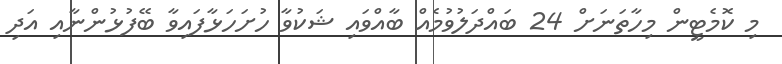
މި ކޮމެޓީން މިހާތަނަށް 24 ބައްދަލުވުމެއް ބާއްވައި ޝަކުވާ ހުށަހަޅާފައިވާ ބޭފުޅުންނާއި އަދި